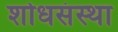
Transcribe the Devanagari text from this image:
शोधसंस्था